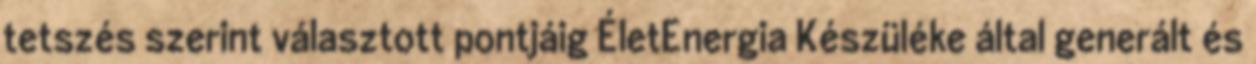
tetszés szerint választott pontjáig ÉletEnergia Készüléke által generált és